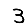
Digit: 3